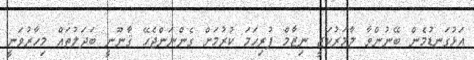
އަޅުގަނޑުމެން ބޭނުންވާ ލާމަރުކަޒީ ނިޒާމް ފުރިހަމަ ކުރުމަށް ގެންނަންޖެހޭ ޤާނޫނީ ބަދަލުތައް މިހާރުވަނީ